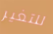
للتغير